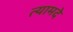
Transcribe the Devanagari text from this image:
त्यामदे